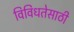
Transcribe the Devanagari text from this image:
विविधतेसाठी